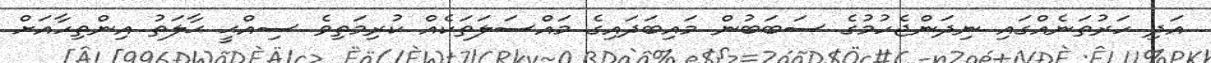
އަދި ހަރުތަނެއްގައި ނިދަންޖެހުމުގެ ސަބަބުން މައިބަދައިގެ މައްސަލަތަކެއް ކުރިމަތިވެ ސިއްޙީ ޙާލަތު އިންތިހާއަށް